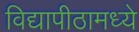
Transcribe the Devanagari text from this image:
विद्यापीठामध्‍ये